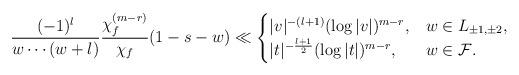
LaTeX: \begin{align*}\frac{(-1)^l}{w\cdots(w+l)}\frac{\chi_f^{(m-r)}}{\chi_f}(1-s-w)\ll\begin{cases} |v|^{-(l+1)}(\log|v|)^{m-r}, & w\in L_{\pm1,\pm2},\\ |t|^{-\frac{l+1}{2}}(\log|t|)^{m-r}, & w\in\mathcal{F}. \end{cases} \end{align*}